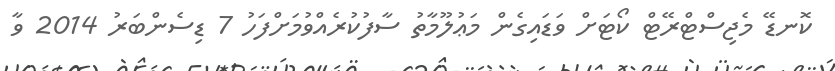
ކޮނޑޭ މެޖިސްޓްރޭޓް ކޯޓަށް ވަޑައިގެން މަޢުލޫމާތު ސާފުކުރެއްވުމަށްފަހު 7 ޑިސެންބަރު 2014 ވާ